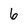
Character: 6